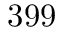
3 9 9